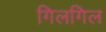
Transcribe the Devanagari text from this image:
गिलगिल